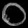
Digit: ၀